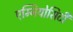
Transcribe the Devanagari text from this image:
एम्नियोसिटी